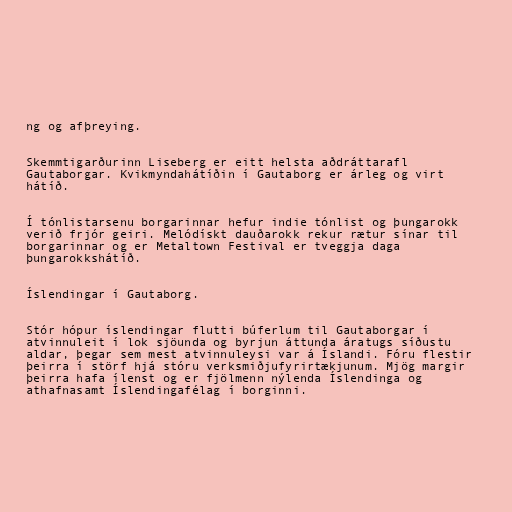
ng og afþreying.

Skemmtigarðurinn Liseberg er eitt helsta aðdráttarafl
Gautaborgar. Kvikmyndahátíðin í Gautaborg er árleg og virt
hátíð.

Í tónlistarsenu borgarinnar hefur indie tónlist og þungarokk
verið frjór geiri. Melódískt dauðarokk rekur rætur sínar til
borgarinnar og er Metaltown Festival er tveggja daga
þungarokkshátíð.

Íslendingar í Gautaborg.

Stór hópur íslendingar flutti búferlum til Gautaborgar í
atvinnuleit í lok sjöunda og byrjun áttunda áratugs síðustu
aldar, þegar sem mest atvinnuleysi var á Íslandi. Fóru flestir
þeirra í störf hjá stóru verksmiðjufyrirtækjunum. Mjög margir
þeirra hafa ílenst og er fjölmenn nýlenda Íslendinga og
athafnasamt Íslendingafélag í borginni.